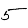
Digit: 5